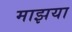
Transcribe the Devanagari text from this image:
माझया